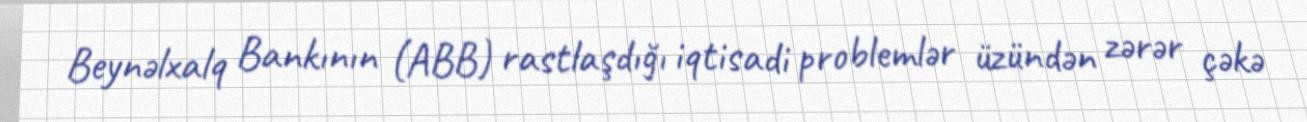
Beynəlxalq Bankının (ABB) rastlaşdığı iqtisadi problemlər üzündən zərər çəkə